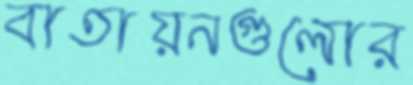
বাতায়নগুলোর